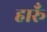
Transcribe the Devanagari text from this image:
हारूँ